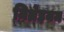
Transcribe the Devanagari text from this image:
मिथ्रेइयम